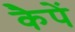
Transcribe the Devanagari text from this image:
कैपें